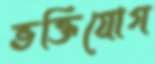
ভক্তিযোগ